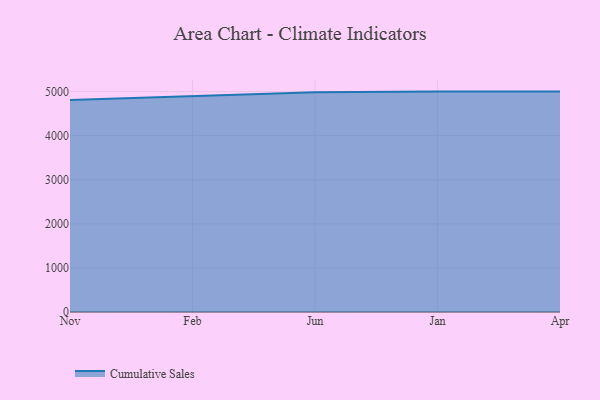
{"axis": {"x": "Month", "y": "Humidity (%)"}, "legend": ["Cumulative Sales"], "data": [{"x": "Nov", "y": 4807.8, "type": "Cumulative Sales"}, {"x": "Feb", "y": 4895.8, "type": "Cumulative Sales"}, {"x": "Jun", "y": 4986.1, "type": "Cumulative Sales"}, {"x": "Jan", "y": 5000, "type": "Cumulative Sales"}, {"x": "Apr", "y": 5000, "type": "Cumulative Sales"}]}